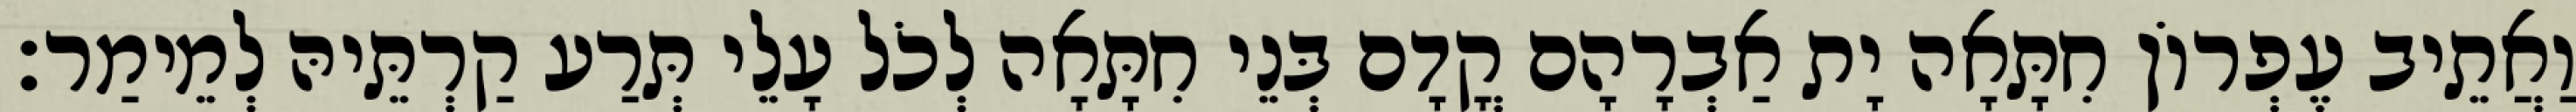
וַאֲתֵיב עֶפְרוֹן חִתָּאָה יָת אַבְרָהָם קֳדָם בְּנֵי חִתָּאָה לְכֹל עָלֵי תְּרַע קַרְתֵּיהּ לְמֵימַר׃